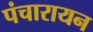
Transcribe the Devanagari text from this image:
पंचारायन